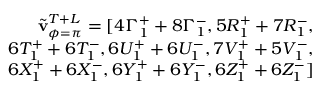
\begin{array} { r } { \Tilde { \mathbf { v } } _ { \phi = \pi } ^ { T + L } = [ 4 \Gamma _ { 1 } ^ { + } + 8 \Gamma _ { 1 } ^ { - } , 5 R _ { 1 } ^ { + } + 7 R _ { 1 } ^ { - } , } \\ { 6 T _ { 1 } ^ { + } + 6 T _ { 1 } ^ { - } , 6 U _ { 1 } ^ { + } + 6 U _ { 1 } ^ { - } , 7 V _ { 1 } ^ { + } + 5 V _ { 1 } ^ { - } , } \\ { 6 X _ { 1 } ^ { + } + 6 X _ { 1 } ^ { - } , 6 Y _ { 1 } ^ { + } + 6 Y _ { 1 } ^ { - } , 6 Z _ { 1 } ^ { + } + 6 Z _ { 1 } ^ { - } ] } \end{array}